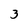
Character: 3